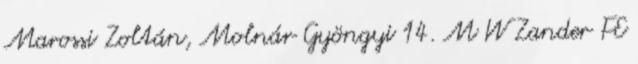
Marossi Zoltán, Molnár Gyöngyi 14. M W Zander FE